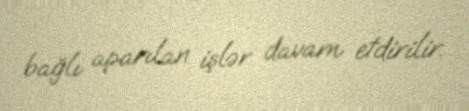
bağlı aparılan işlər davam etdirilir.